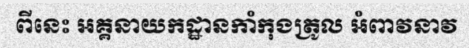
ពីនេះ អគ្គនាយកដ្ឋានកាំកុងត្រូល អំពាវនាវ